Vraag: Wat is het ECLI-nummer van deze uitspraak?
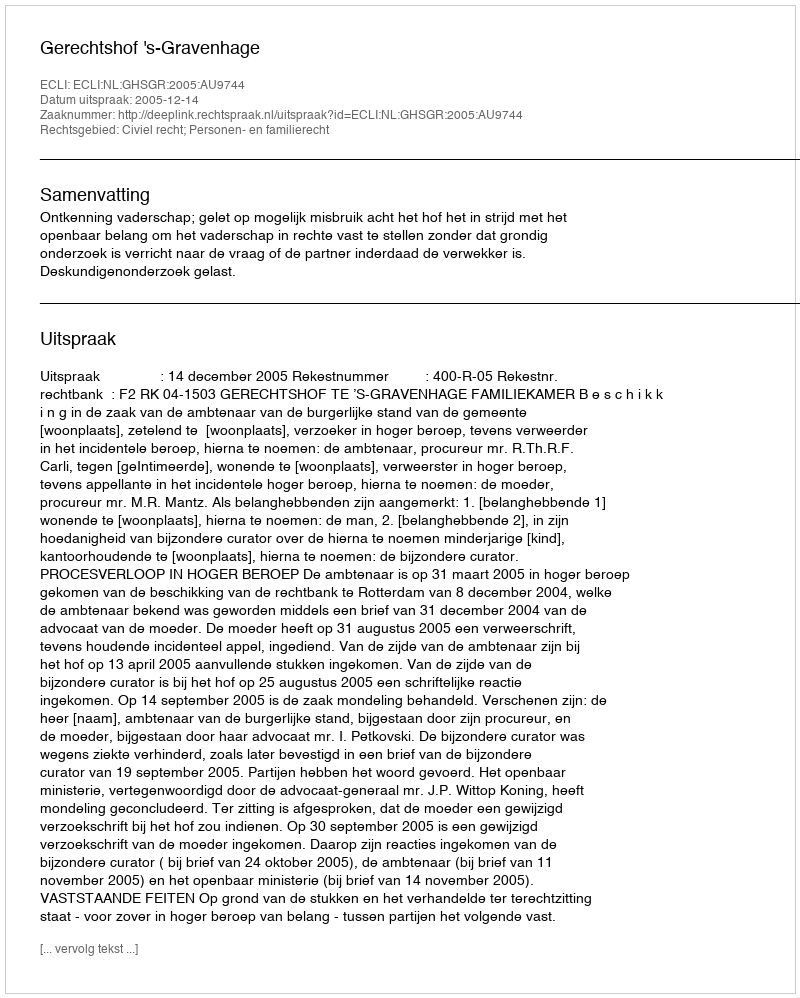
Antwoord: ECLI:NL:GHSGR:2005:AU9744